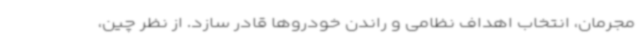
مجرمان، انتخاب اهداف نظامی و راندن خودروها قادر سازد. از نظر چین،